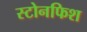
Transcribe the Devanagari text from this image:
स्टोनफिश